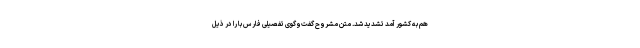
هم به کشور آمد تشدید شد. متن مشروح گفت‌وگوی تفصیلی فارس با را در ذیل